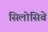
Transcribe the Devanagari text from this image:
सिलोसिबे